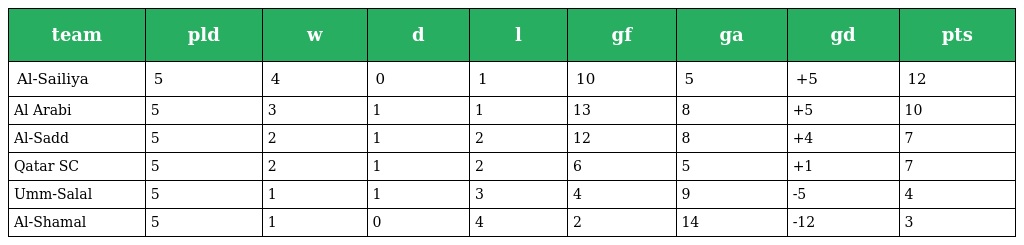
| team | pld | w | d | l | gf | ga | gd | pts |
 | --- | --- | --- | --- | --- | --- | --- | --- | --- |
 | Al-Sailiya | 5 | 4 | 0 | 1 | 10 | 5 | +5 | 12 |
 | Al Arabi | 5 | 3 | 1 | 1 | 13 | 8 | +5 | 10 |
 | Al-Sadd | 5 | 2 | 1 | 2 | 12 | 8 | +4 | 7 |
 | Qatar SC | 5 | 2 | 1 | 2 | 6 | 5 | +1 | 7 |
 | Umm-Salal | 5 | 1 | 1 | 3 | 4 | 9 | -5 | 4 |
 | Al-Shamal | 5 | 1 | 0 | 4 | 2 | 14 | -12 | 3 |